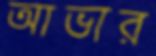
আভার